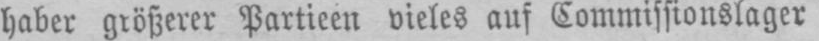
haber größerer Partieen vieles auf Kommissionslager